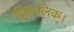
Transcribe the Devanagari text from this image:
द्विकालिक।